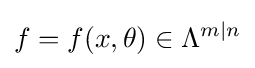
f=f(x,\theta )\in \Lambda ^{m\mid n}